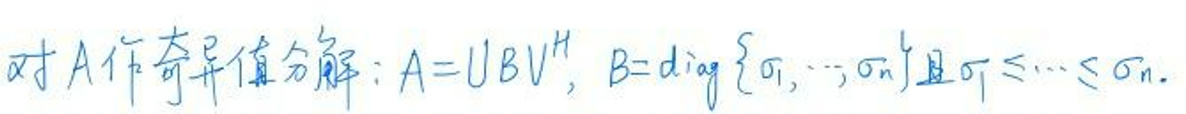
对\(A\)作奇异值分解：\(A = UBV^H\)，\(B = diag\{\sigma_1, \cdots, \sigma_n\}\)且\(\sigma_1 \leq \cdots \leq \sigma_n\)。